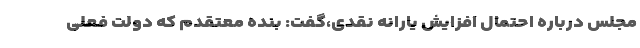
مجلس درباره احتمال افزایش یارانه نقدی،گفت: بنده معتقدم که دولت فعلی